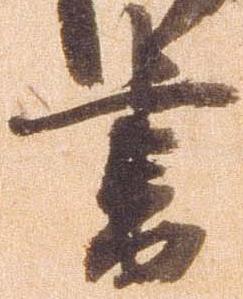
書